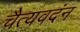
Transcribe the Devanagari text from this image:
चैत्यवदंन